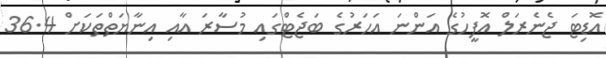
އޮޑިޓަ ޖެނެރަލް އޮފީހުގެ އަންނަ އަހަރުގެ ބަޖެޓްގައި މުސާރަ އާއި އިނާޔަތްތަކަށް 36.4